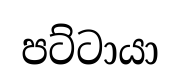
පට්ටායා